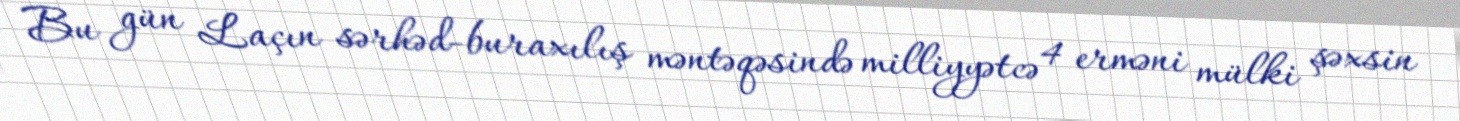
Bu gün Laçın sərhəd-buraxılış məntəqəsində milliyyətcə 4 erməni mülki şəxsin